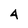
Character: 4